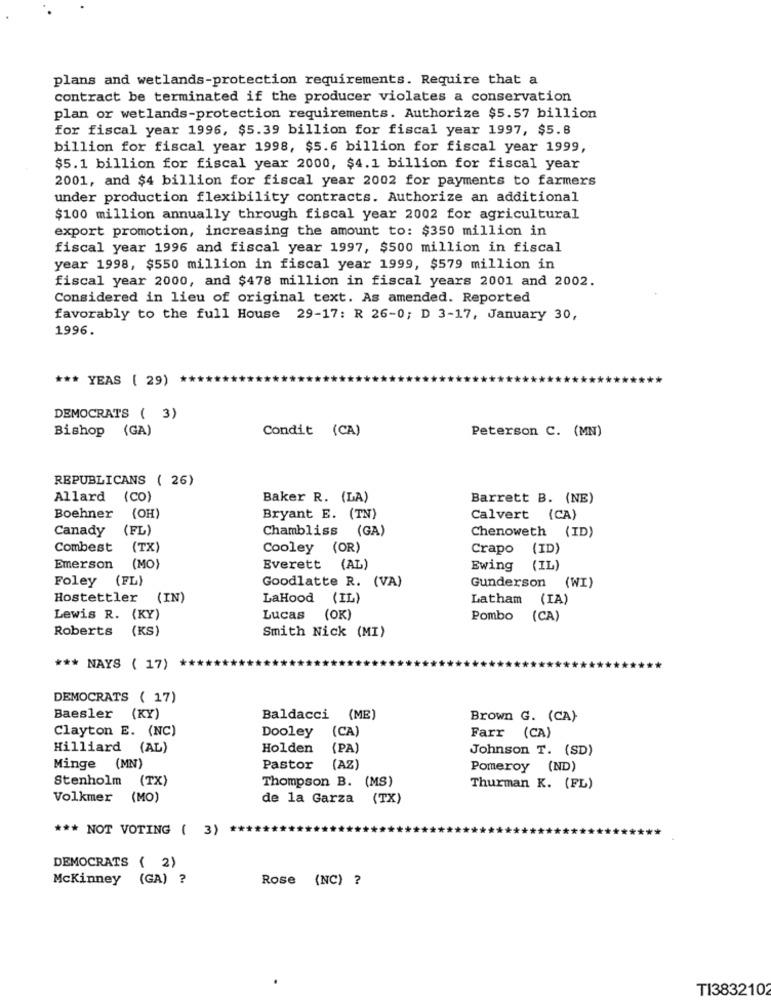
plans and wetlands-protection requirements. Require that a
contract be terminated if the producer violates a conservation
plan or wetlands-protection requirements. Authorize $5.57 billion
for fiscal year 1996, $5.39 billion for fiscal year 1997, $5.8
billion for fiscal year 1998, $5.6 billion for fiscal year 1999,
$5.1 billion for fiscal year 2000, $4.1 billion for fiscal year
2001, and $4 billion for fiscal year 2002 for payments to farmers
under production flexibility contracts. Authorize an additional
$100 million annually through fiscal year 2002 for agricultural
export promotion, increasing the amount to: $350 million in
fiscal year 1996 and fiscal year 1997, $500 million in fiscal
year 1998, $550 million in fiscal year 1999, $579 million in
fiscal year 2000, and $478 million in fiscal years 2001 and 2002.
Considered in lieu of original text. As amended. Reported
favorably to the full House 29-17: R 26-0; D 3-17, January 30,
1996.
*** YEAS ( 29)
DEMOCRATS ( 3)
Bishop (GA)
Condit (CA)
Peterson C. (MN)
REPUBLICANS ( 26)
Allard (CO)
Baker R. (LA)
Barrett B. (NE)
Boehner (OH)
Bryant E. (TN)
Calvert (CA)
Canady (FL)
Chambliss (GA)
Chenoweth (ID)
Combest
(TX)
Cooley (OR)
Crapo (ID)
Emerson
(MO)
Everett (AL)
Ewing (IL)
Foley
(FL)
Goodlatte R. (VA)
Gunderson (WI)
Hostettler (IN)
LaHood (IL)
Latham (IA)
Lewis R. (KY)
Lucas
(OK)
Pombo (CA)
Roberts
(KS)
Smith Nick (MI)
*** NAYS ( 17)
DEMOCRATS ( 17)
Baesler (KY)
Baldacci (ME)
Brown G. (CA)
Clayton E. (NC)
Dooley
(CA)
Farr (CA)
Hilliard (AL)
Holden
(PA)
Johnson T. (SD)
Minge (MN)
Pastor (AZ)
Pomeroy (ND)
Stenholm (TX)
Thompson B. (MS)
Thurman K. (FL)
Volkmer (MO)
de la Garza (TX)
*** NOT VOTING ( 3)
DEMOCRATS ( 2)
Mckinney (GA) ?
Rose (NC) ?
TI3832102